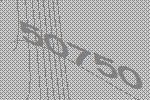
50750